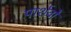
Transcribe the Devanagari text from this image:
पार्शवों